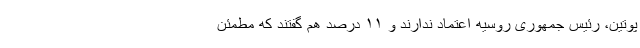
پوتین، رئیس جمهوری روسیه اعتماد ندارند و ۱۱ درصد هم گفتند که مطمئن